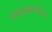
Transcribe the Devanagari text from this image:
शब्दानुक्रमयोजना